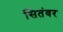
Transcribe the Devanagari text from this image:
सितंवर